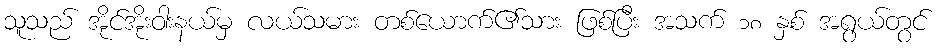
သူသည် အိုင်အိုးဝါးနယ်မှ လယ်သမား တစ်ယောက်၏သား ဖြစ်ပြီး အသက် ၁၈ နှစ် အရွယ်တွင်